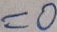
= 0